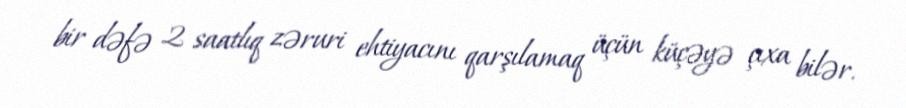
bir dəfə 2 saatlıq zəruri ehtiyacını qarşılamaq üçün küçəyə çıxa bilər.